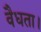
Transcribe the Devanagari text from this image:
वैधता।